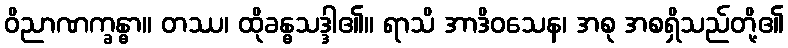
ဝိညာဏက္ခန္ဓာ။ တဿ၊ ထိုခန္ဓသဒ္ဒါ၏။ ရာသိ အာဒိဝသေန၊ အစု အစရှိသည်တို့၏